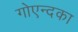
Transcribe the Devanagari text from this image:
गोएन्दका